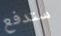
ستدفع